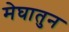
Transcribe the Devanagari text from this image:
मेघातुन